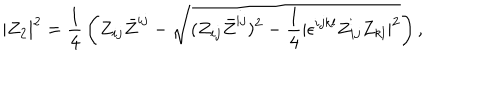
| Z _ { 2 } | ^ { 2 } = { \frac { 1 } { 4 } } \left( Z _ { i j } \bar { Z } ^ { i j } - \sqrt { ( Z _ { i j } \bar { Z } ^ { i j } ) ^ { 2 } - { \frac { 1 } { 4 } } | \epsilon ^ { i j k l } Z _ { i j } Z _ { k l } | ^ { 2 } } \right) ,